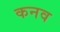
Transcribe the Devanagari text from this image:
कनव